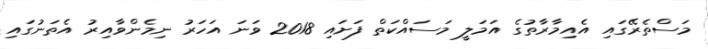
މަސްތެރޭގައި އެއިމާރާތުގެ އަމަލީ މަސައްކަތް ފަށައި 2018 ވަނަ އަހަރު ނިމެންވާއިރު އެތަނުގައި